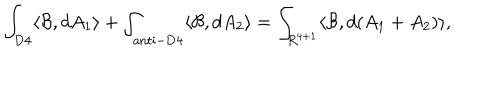
\int _ { \mathrm { D 4 } } \langle { \cal B } , d A _ { 1 } \rangle + \int _ { \mathrm { a n t i - D 4 } } \langle { \cal B } , d A _ { 2 } \rangle = \int _ { R ^ { 4 + 1 } } \langle { \cal B } , d ( A _ { 1 } + A _ { 2 } ) \rangle ,